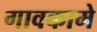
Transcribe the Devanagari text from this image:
गावकामे